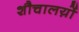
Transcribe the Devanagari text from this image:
शौचालय़ों